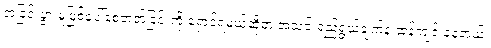
အငြင်းပွားမှုဖြစ်ပေါ်စေတတ်ခြင်းကို ရှောင်ရမယ်ဆိုတဲ့ အသင်းရည်ရွယ်ချက်နဲ့ ဆန့်ကျင် နေတယ်၊